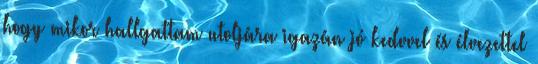
hogy mikor hallgattam utoljára igazán jó kedvvel és élvezettel